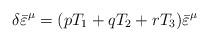
LaTeX: \begin{align*}\delta{\bar\varepsilon}^{\mu} = (pT_1 + qT_2 + rT_3){\bar\varepsilon}^{\mu}\end{align*}